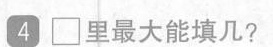
4□里最大能填几?